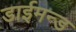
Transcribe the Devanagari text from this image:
डाईमन्ड